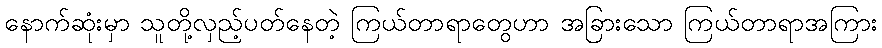
နောက်ဆုံးမှာ သူတို့လှည့်ပတ်နေတဲ့ ကြယ်တာရာတွေဟာ အခြားသော ကြယ်တာရာအကြား